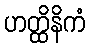
ဟတ္ထိနိကံ